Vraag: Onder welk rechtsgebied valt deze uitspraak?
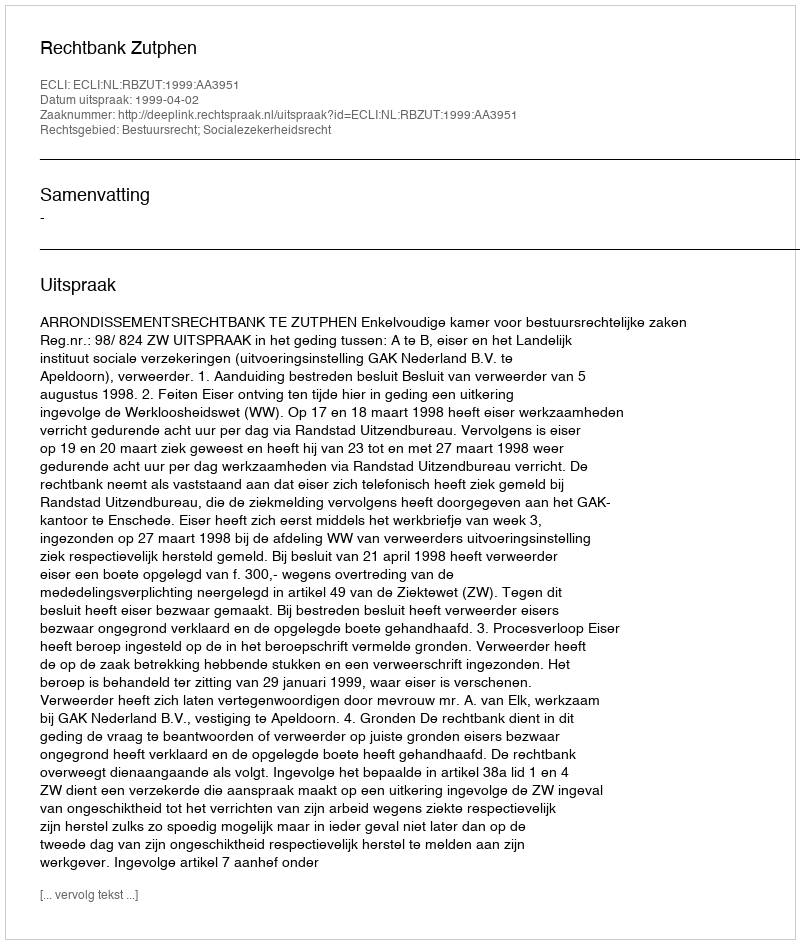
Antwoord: Bestuursrecht; Socialezekerheidsrecht